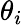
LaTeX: \theta_{i}